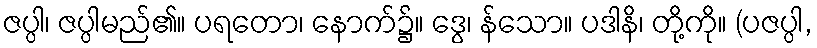
ဇပ္ပါ၊ ဇပ္ပါမည်၏။ ပရတော၊ နောက်၌။ ဒွေ၊ န်သော။ ပဒါနိ၊ တို့ကို။ (ပဇပ္ပါ,